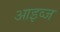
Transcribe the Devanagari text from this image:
आइव्ज